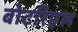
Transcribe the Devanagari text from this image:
बोटरिएल